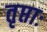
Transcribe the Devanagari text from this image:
तृप्ताः